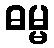
ဓမ္မ